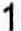
1